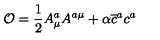
\mathcal { O } = \frac { 1 } { 2 } A _ { \mu } ^ { a } A ^ { a \mu } + \alpha \overline { { c } } ^ { a } c ^ { a }